Report of an investigation into the causes of the diseases known in Assam as Kála-Azár and Beri-Beri
Disease focus: Beri-Beri
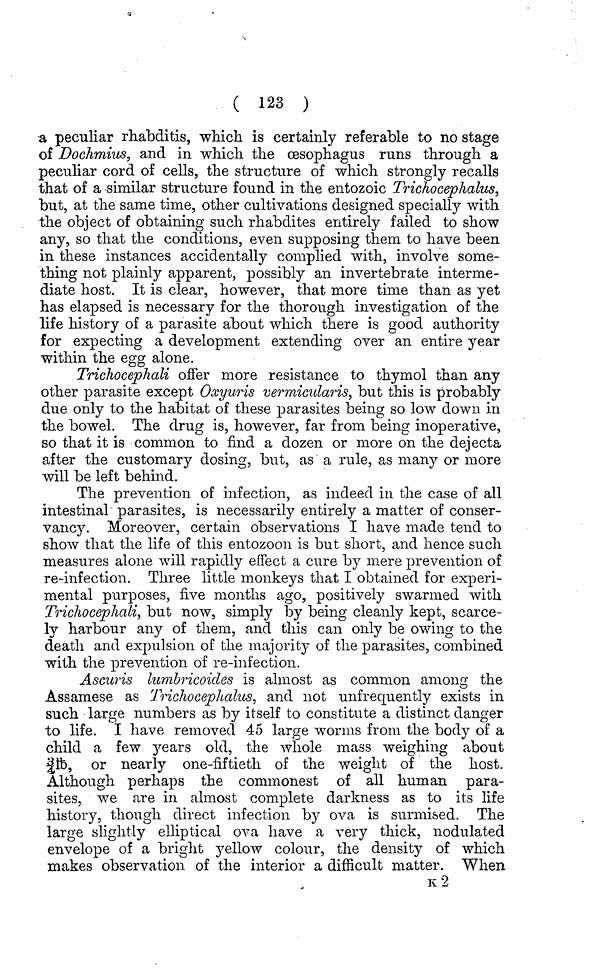
( 123 )
a peculiar rhabditis, which is certainly referable to no stage
of Dochmins, and in which the oesophagus runs through a
peculiar cord of cells, the structure of which strongly recalls
that of a similar structure found in the entozoic Trichocephalus,
but, at the same time, other cultivations designed specially with
the object of obtaining such rhabdites entirely failed to show
any, so that the conditions, even supposing them to have been
in these instances accidentally complied with, involve some-
thing not plainly apparent, possibly an invertebrate interme-
diate host. It is clear, however, that more time than as yet
has elapsed is necessary for the thorough investigation of the
life history of a parasite about which there is good authority
for expecting a development extending over an entire year
within the egg alone.
Trichocephali offer more resistance to thymol than any
other parasite except Oxyuris vermicular is, but this is probably
due only to the habitat of these parasites being so low down in
the bowel. The drug is, however, far from being inoperative,
so that it is common to find a dozen or more on the dejecta
after the customary dosing, but, as a rule, as many or more
will be left behind.
The prevention of infection, as indeed in the case of all
intestinal parasites, is necessarily entirely a matter of conser-
vancy. Moreover, certain observations I have made tend to
show that the life of this eiitozoon is but short, and hence such
measures alone will rapidly effect a cure by mere prevention of
re-infection. Three little monkeys that I obtained for experi-
mental purposes, five months ago, positively swarmed with
Trichocephali, but now, simply by being cleanly kept, scarce-
ly harbour any of them, and this can only be owing to the
death and expulsion of the majority of the parasites, combined
with the prevention of re-infection.
Ascuris lunibricoides is almost as common among the
Assamese as Trichocephalus, and not unfrequently exists in
such large numbers as by itself to constitute a distinct danger
to life. I have removed 45 large worms from the body of a
child a few years old, the whole mass weighing about
Jib, or nearly one-fiftieth of the weight of the host.
Although perhaps the commonest of all human para-
sites, we are in almost complete darkness as to its life
history, though direct infection by ova is surmised. The
large slightly elliptical ova have a very thick, nodulated
envelope of a bright yellow colour, the density of which
makes observation of the interior a difficult matter. When
K2